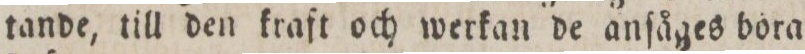
tande, till den kraft och werkan de anſåges bora